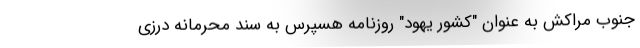
جنوب مراکش به عنوان "کشور یهود" روزنامه هسپرس به سند محرمانه درزی